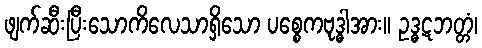
ဖျက်ဆီးပြီးသောကိလေသာရှိသော ပစ္စေကဗုဒ္ဓါအား။ ဥဒ္ဓဋဘတ္တံ၊